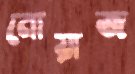
নোয়াজ